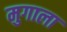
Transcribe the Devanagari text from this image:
मुगाला